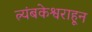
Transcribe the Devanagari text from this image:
त्र्यंबकेश्वराहून